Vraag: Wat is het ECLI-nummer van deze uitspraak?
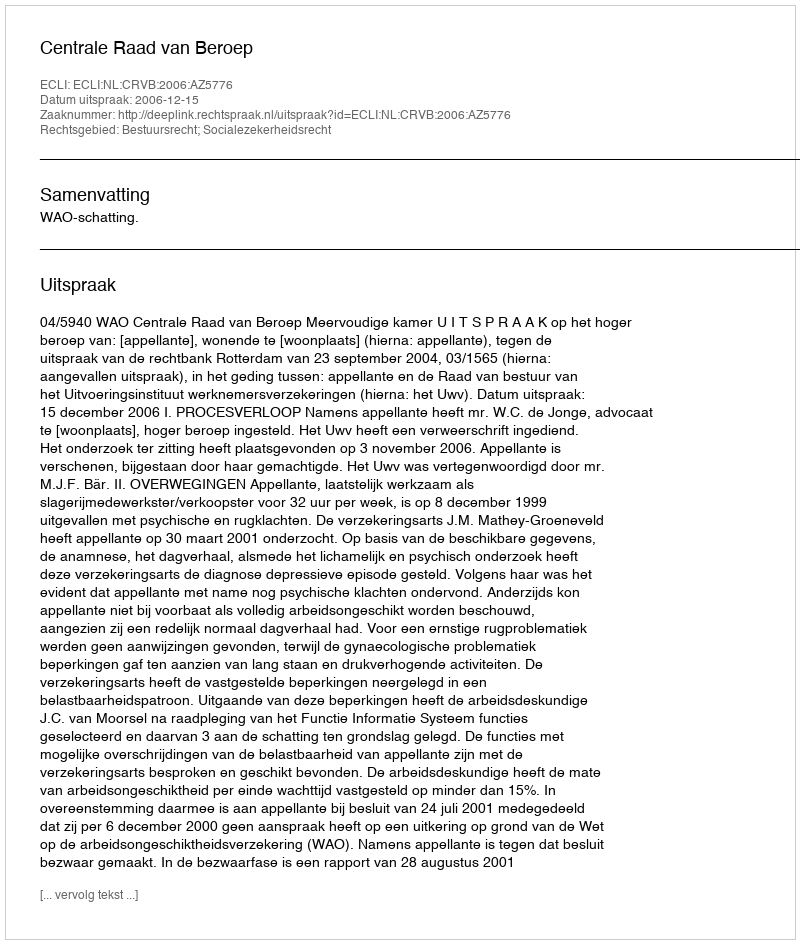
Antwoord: ECLI:NL:CRVB:2006:AZ5776